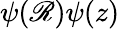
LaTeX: \psi(\mathscr{R})\psi(z)